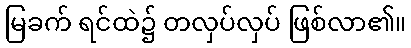
မြခက် ရင်ထဲ၌ တလှပ်လှပ် ဖြစ်လာ၏။